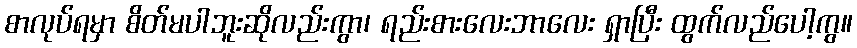
စာလုပ်ရမှာ စိတ်မပါဘူးဆိုလည်းကွာ၊ ရည်းစားလေးဘာလေး ရှာပြီး ထွက်လည်ပေါ့ကွ။